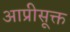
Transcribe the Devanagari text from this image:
आप्रीसूक्त